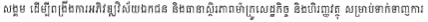
សង្គម ដើម្បីពង្រឹងការអភិវឌ្ឍវិស័យឯកជន និងធានាស្ថិរភាពម៉ាក្រូសេដ្ឋកិច្ច និងហិរញ្ញវត្ថុ សម្រាប់ទាក់ទាញការ